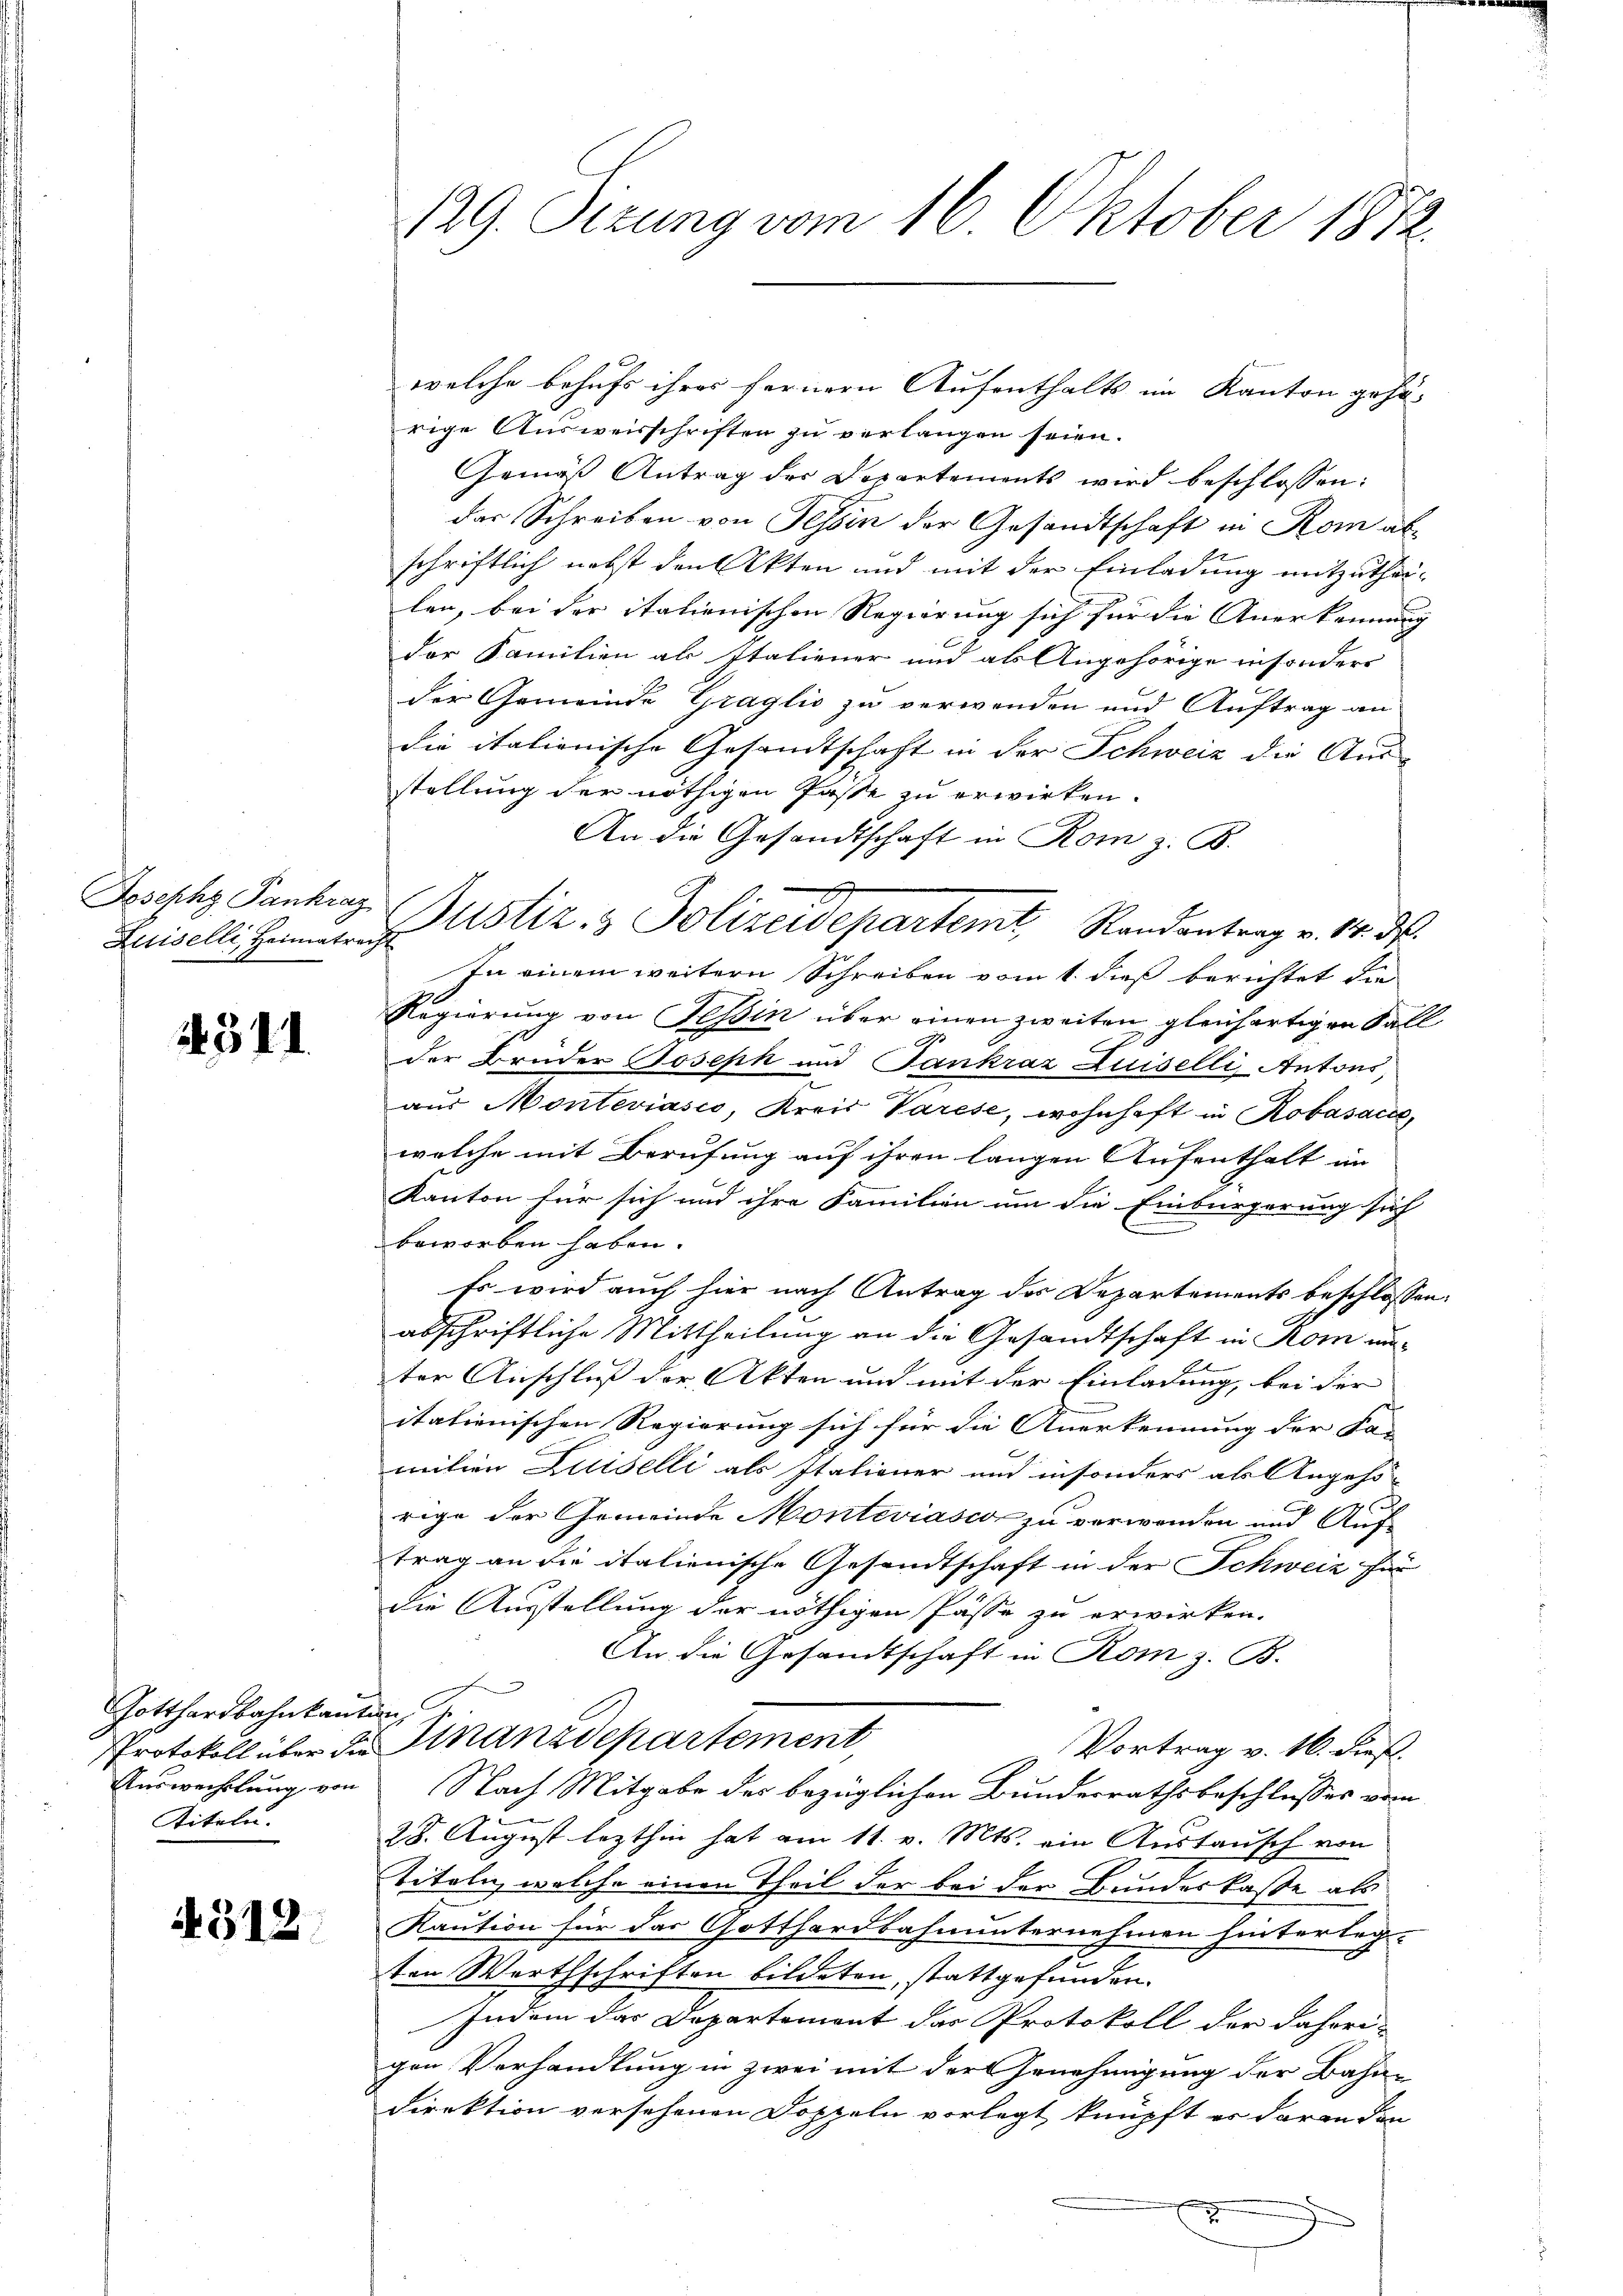
Joseph Pankrag
Luiselli, Heimatrecht

1451. 1

Gotthardbahnkan-
Protokoll über der
Auswechslung von
Titeln.

4312.

139. Sizung vom 16. Oktober 1872.

welche behufs ihres fernern Aufenthalts im Kanton gehö-
rige Ausweisschriften zu verlangen seien.
Gemäß Antrag der Departements wird beschlossen:
das Schreiben von Tessin der Gesandtschaft in Rom ab-
schriftlich nebst den Akten und mit der Einladung mitzutheilen, bei der italienischen Regierung sich für die Anerkennung
der Familien als Italiener und als Angehörige insonders
der Gemeinde Graglio zu verwenden und Auftrag an
die italienische Gesandtschaft in der Schweiz die Aus-
stellung der nöthigen Paste zu erwirken.
An die Gesandtschaft in Rom z. B.
In einem weitern Schreiben vom 1. dieß berichtet die
Regierung von Tessin über einen zweiten gleichartigen Sall
9.
der Bruder Joseph und Sankraz Luiselli, Antons
aus Monteviasco, Kreis Varese, wohnhaft in Robasacwelche mit Berufung auf ihren langen Aufenthalt im
Kanton für sich und ihre Familien um die Einbürgerung sich
beworben haben.
Es wird auch hier nach Antrag des Departements beschlossen:
abschriftliche Mittheilung an die Gesandtschaft in Rom un¬
A
ter Anschluß der Akten und mit der Einladung, bei der
itationischen Regierung sich für die Anerkennung der Fa-
mition Luiselli als Itationer und insonders als Angehö-
rige der Gemeinde Monteviasco zu verwenden und Auf
trag an die italienische Gesandtschaft in der Schweiz für
die Ausstellung der nöthigen Pässe zu erwirken.
An die Gesandtschaft in Rom z. B.
f
Finanzdepartement
Vortrag v. 16. dies.
Nach Mitgabe der bezüglichen Bundesrathsbeschlusses vom
28. August lezthin hat am 11. v. Mts. ein Austausch von
Titeln, welche einen Theil der bei der Bundeskasse als
Kaution für das Gotthardbahnunternehmen hinterlegten Werthschriften bildeten, stattgefunden.
Indem das Departement das Protokoll der daheri-
gen Verhandlung in zwei mit der Genehmigung der Bahndirektion versehenen Doppeln vorlegt, knüpft er daran den
2

Justiz- & Polizeidepartemt, Randantrag v. 14. ds.